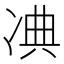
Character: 𠗘